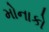
મોનાકો